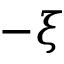
- \xi